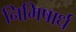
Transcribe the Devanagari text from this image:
निमिषार्ध